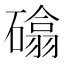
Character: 𮁈